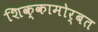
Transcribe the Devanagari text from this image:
शिक्कामोर्बत